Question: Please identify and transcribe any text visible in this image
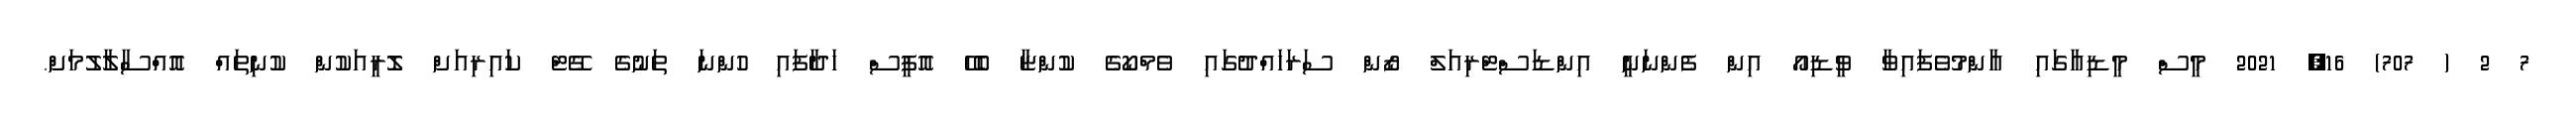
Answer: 7 2 ( 707) 16, 2021 މީސް މީޑިއާގައި އާންމުވެފައިވާ ވީޑިއޯ އިން ފެންނަނީ އިންޑަސްޓްރިއަލް ޒޯން ސަރަހައްދުގައި ވެމްކޯގެ ކުންޏާ ބެހޭ އޮފީސް ހަދާފައި ހުންނަ ތަނުގެ ގޭޓް ކައިރިއަށް ލޮރީއަކުން ކުނިތައް އޮއްސާލާލުމަށް.